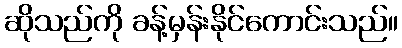
ဆိုသည်ကို ခန့်မှန်းနိုင်ကောင်းသည်။